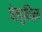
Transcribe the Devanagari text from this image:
पेल्युसिअम